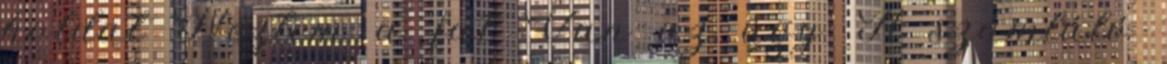
holdat Néztem a fát Van az úgy. A számláló